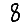
Digit: 8